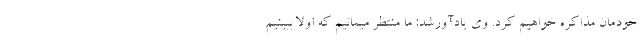
خودمان مذاکره خواهیم کرد. وی یادآورشد: ما منتظر میمانیم که اولا ببینیم